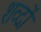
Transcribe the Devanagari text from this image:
शव्‍दों